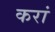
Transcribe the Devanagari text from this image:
करां